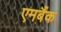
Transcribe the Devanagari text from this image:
एमबैंक